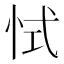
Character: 恜